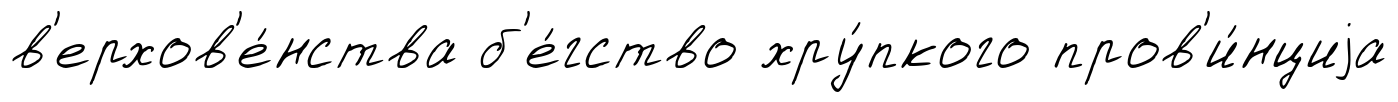
в'ерхов'е́нства б'е́гство хру́пкого пров'и́нциjа